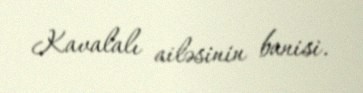
Kavalalı ailəsinin banisi.